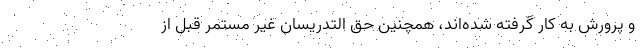
و پرورش به کار گرفته شده‌اند، همچنین حق التدریسان غیر مستمر قبل از